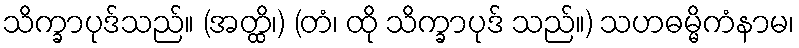
သိက္ခာပုဒ်သည်။ (အတ္ထိ၊) (တံ၊ ထို သိက္ခာပုဒ် သည်။) သဟဓမ္မိကံနာမ၊